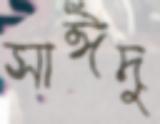
সাঈদু